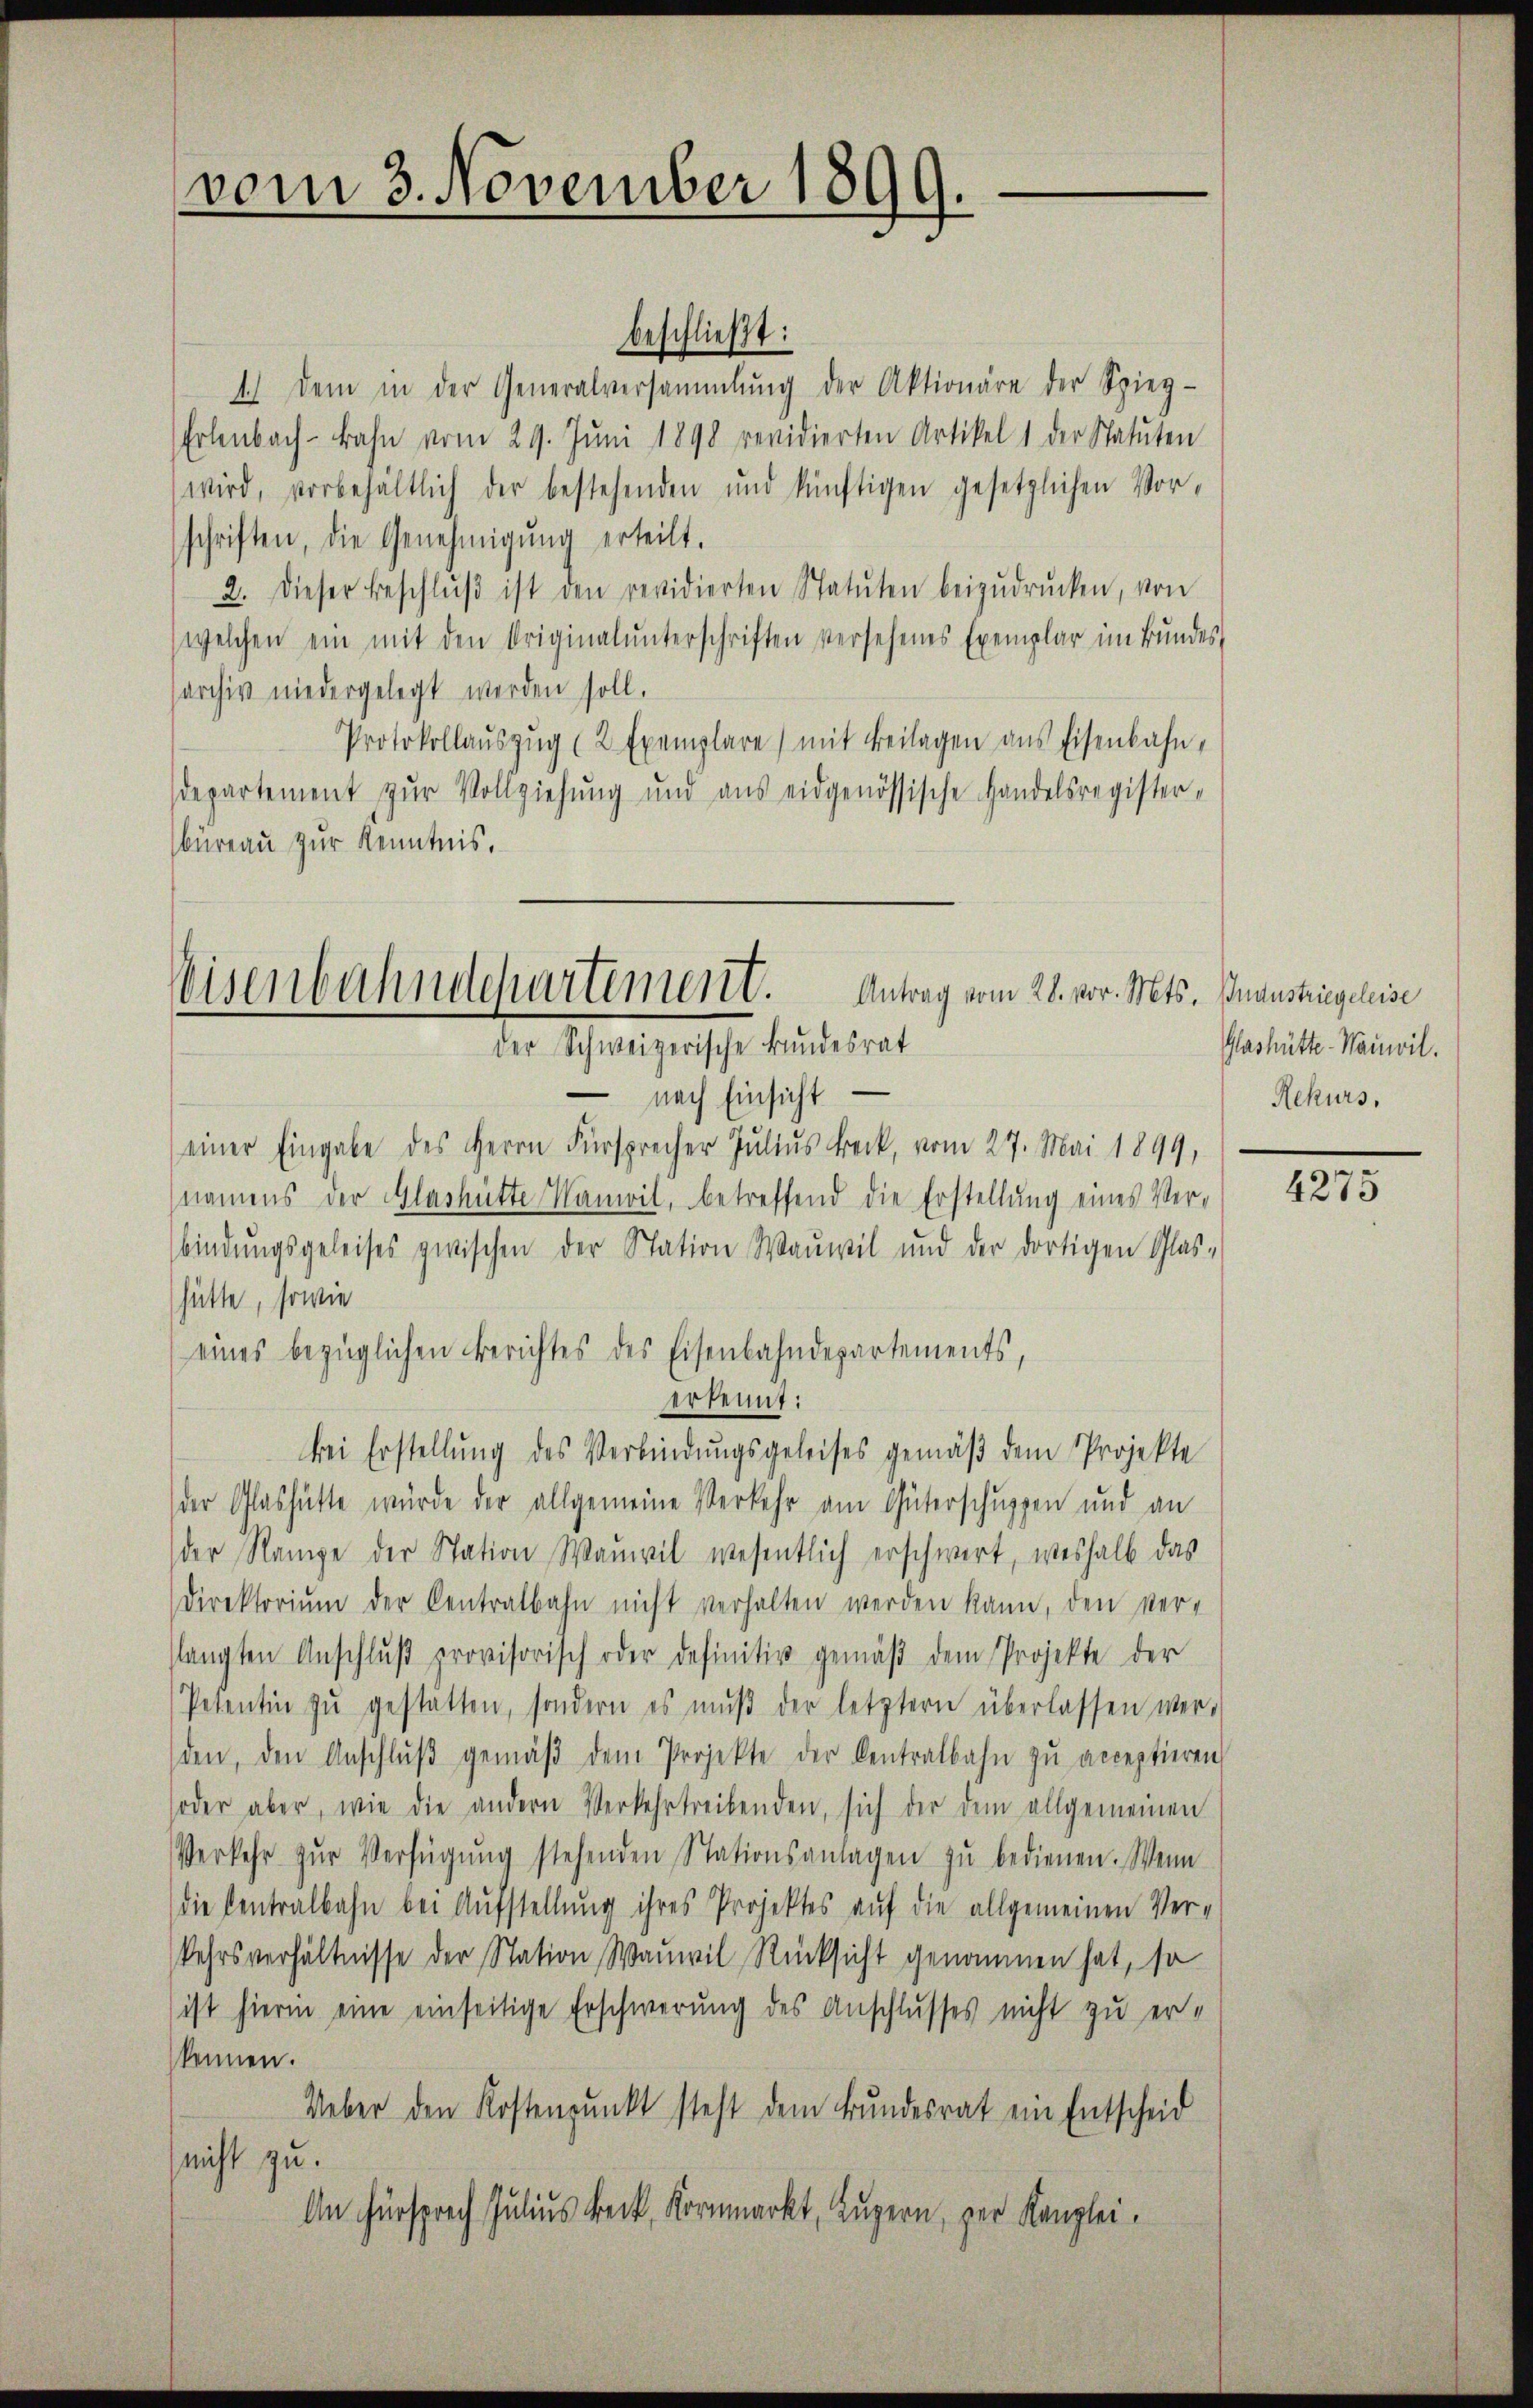
vom 3. November 1899.

beschließt:
1.) Dem in der Generalversammlung der Aktionäre der Spieg-
Erlenbach-Bahn vom 29. Jŭni 1898 revidierten Artikel 1 der Statuten
wird, vorbehältlich der bestehenden und künftigen gesetzlichen Vorschriften, die Genehmigŭng erteilt.
2. Dieser Beschlŭβ ist den revidierten Statuten beizŭdrücken, von
(welchen ein mit den Originalunterschriften versehenes Exemplar im Bundes-
sarchiv niedergelegt werden soll.
Protokollauszug (2 Exemplare) mit Beilagen aus Eisenbahn-
departement zur Vollziehung und aus eidgenössische Handelsregisterbüreau zur Kenntnis.

— nach Einsicht —
einer Eingabe des Herrn Fürsprecher Julius Beck, vom 27. Mai 1899,
namens der Glashütte Namvil, betreffend die Erstellung eines Ver-
bindungsgeleises zwischen der Station Wauwil und der dortigen Glas-
hätte, sowie
eines bezüglichen Berichtes des Eisenbahndepartements,
erkennt:
bei Erstellung des Verbindungsgeleises gemäß dem Projekte
der Glashütte würde der allgemeine Verkehr am Güterschuppen und an
der Rampe der Station Wanwil wesentlich erschwert, weshalb das
Direktorium der Centralbahn nicht verhalten werden kann, den ver-
langten Anschlŭβ provisorisch oder definitiv gemäβ dem Projekte der
Petentin zŭ gestätten, sondern es mŭβ der letztern überlassen werd
den, den Anschlŭβ gemäβ dem Projekte der Centralbahn zŭ acceptieren
oder aber, wie die andern Verkehrtreibenden, sich der dem allgemeinen
Verkehr zŭr Verfügŭng stehenden Stationsanlagen zŭ bedienen. Wenn
die Centralbahn bei Aufstellung ihres Projektes auf die allgemeinen Verkehrsverhältnisse der Station Wauwil Rücksicht genommen hat, so
ist hierin eine einseitige Erschwerung des Anschlusses nicht zu erkennen.
Ueber den Kostenpunkt steht dem Bundesrat ein Entscheid
nicht zu.
An Fürsprech Julius Beck, Kornmarkt, Luzern, zur Kanzlei.

Eisenbahndepartement. Antrag vom 28. vor. Mts. Inanstriegeleise
der Schweizerische Bundesrat

Glashütter-Mauwil.
Rekurs,

4275